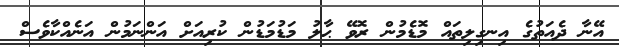
އޭނާ ދެއަތުގެ އިނގިލިތައް މޮޑެމުން ރޮވޭ ޙާލު މަޑުމަޑުން ކުރިއަށް އަންނަމުން އަނެއްކާވެސް